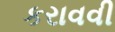
કરાવવી